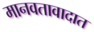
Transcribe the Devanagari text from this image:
मानवतावादात